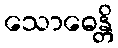
သောဓေန္တိ